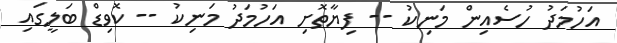
އަހުމަދު ހުސެއިން މަނިކު -- ފިޔާތޮށި އަހުމަދު މަނިކު -- ކޮވިޑް ބަލީގައި